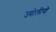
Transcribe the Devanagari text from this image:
ज्योलीयो